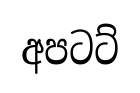
අපටට්